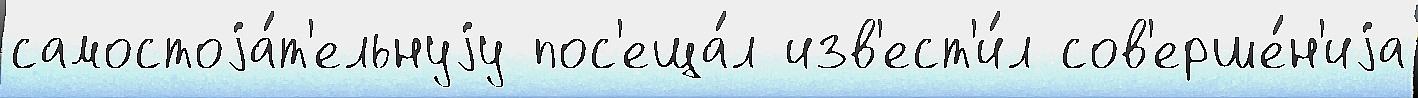
самостоjа́т'ельнуjу пос'еща́л изв'ест'и́л сов'ерше́н'иjа